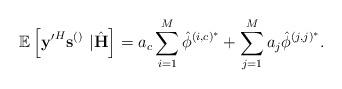
LaTeX: \begin{align*} \mathbb{E}\left[\mathbf{y'}^H\mathbf{s}^{\left(\right)}\right.&\left.|\hat{\mathbf{H}}\right]=a_c\sum_{i=1}^M\hat{\phi}^{\left(i,c\right)^*}+\sum_{j=1}^{M}a_j\hat{\phi}^{\left(j,j\right)^*}.\end{align*}